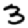
Digit: 3